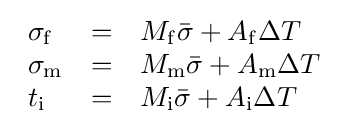
{\begin{array}{lcl}\sigma _{\mathrm {f} }&=&M_{\mathrm {f} }{\bar {\sigma }}+A_{\mathrm {f} }\Delta T\\\sigma _{\mathrm {m} }&=&M_{\mathrm {m} }{\bar {\sigma }}+A_{\mathrm {m} }\Delta T\\t_{\mathrm {i} }&=&M_{\mathrm {i} }{\bar {\sigma }}+A_{\mathrm {i} }\Delta T\end{array}}